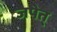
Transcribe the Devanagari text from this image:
जपेत्